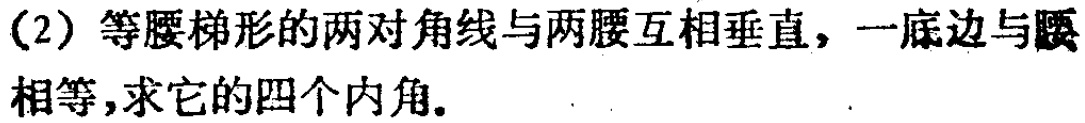
(2) 等腰梯形的两对角线与两腰互相垂直，一底边与腰相等，求它的四个内角.